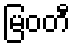
မြဝတီ